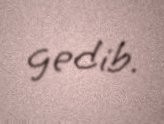
gedib.